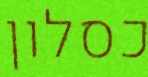
כסלון